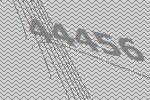
44456